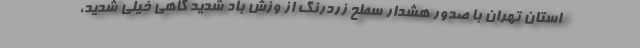
استان تهران با صدور هشدار سطح زردرنگ از وزش باد شدید گاهی خیلی شدید،